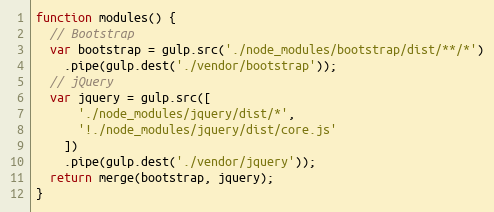
Language: JavaScript
function modules() {
  // Bootstrap
  var bootstrap = gulp.src('./node_modules/bootstrap/dist/**/*')
    .pipe(gulp.dest('./vendor/bootstrap'));
  // jQuery
  var jquery = gulp.src([
      './node_modules/jquery/dist/*',
      '!./node_modules/jquery/dist/core.js'
    ])
    .pipe(gulp.dest('./vendor/jquery'));
  return merge(bootstrap, jquery);
}